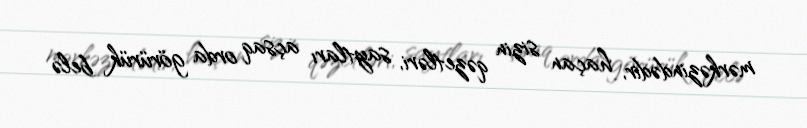
mərkəzindədir, haçan sizin qəzetləri, saytları açsaq orda görürük belə